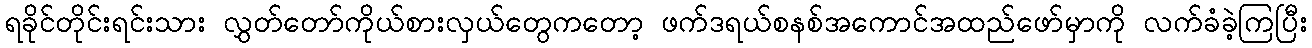
ရခိုင်တိုင်းရင်းသား လွှတ်တော်ကိုယ်စားလှယ်တွေကတော့ ဖက်ဒရယ်စနစ်အကောင်အထည်ဖော်မှာကို လက်ခံခဲ့ကြပြီး